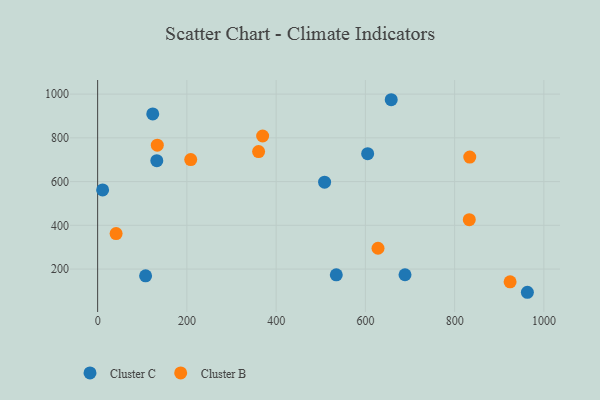
{"axis": {"x": "Speed", "y": "Fuel Efficiency"}, "legend": ["Cluster B", "Cluster C"], "data": [{"x": "132.6", "y": 695.4, "type": "Cluster C"}, {"x": "107.5", "y": 168.8, "type": "Cluster C"}, {"x": "508.6", "y": 597.3, "type": "Cluster C"}, {"x": "123.5", "y": 909.5, "type": "Cluster C"}, {"x": "605.1", "y": 727.8, "type": "Cluster C"}, {"x": "534.8", "y": 173.7, "type": "Cluster C"}, {"x": "657.9", "y": 974.3, "type": "Cluster C"}, {"x": "688.8", "y": 174.0, "type": "Cluster C"}, {"x": "963.0", "y": 93.8, "type": "Cluster C"}, {"x": "11.2", "y": 561.9, "type": "Cluster C"}, {"x": "208.6", "y": 700.7, "type": "Cluster B"}, {"x": "833.9", "y": 712.1, "type": "Cluster B"}, {"x": "41.4", "y": 362.1, "type": "Cluster B"}, {"x": "628.3", "y": 295.1, "type": "Cluster B"}, {"x": "924.3", "y": 141.6, "type": "Cluster B"}, {"x": "133.7", "y": 766.3, "type": "Cluster B"}, {"x": "360.7", "y": 737.4, "type": "Cluster B"}, {"x": "369.8", "y": 808.5, "type": "Cluster B"}, {"x": "832.8", "y": 425.9, "type": "Cluster B"}]}